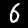
Digit: 6